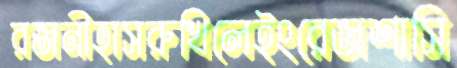
রজনীহাসরুখিলেইংরেজশাসি